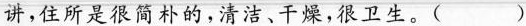
讲,住所是很简朴的,清洁、干燥,很卫生。( ）